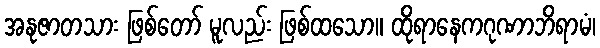
အနုဇာတသား ဖြစ်တော် မူလည်း ဖြစ်ထသော။ ထိုရာနေကဂုဏာဘိရာမံ၊